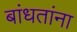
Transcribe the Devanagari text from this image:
बांधतांना